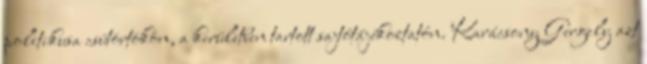
politikusa csütörtökön, a kerületben tartott sajtótájékoztatón. Karácsony Gergely azt